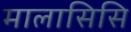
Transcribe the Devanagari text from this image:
मालासिसि